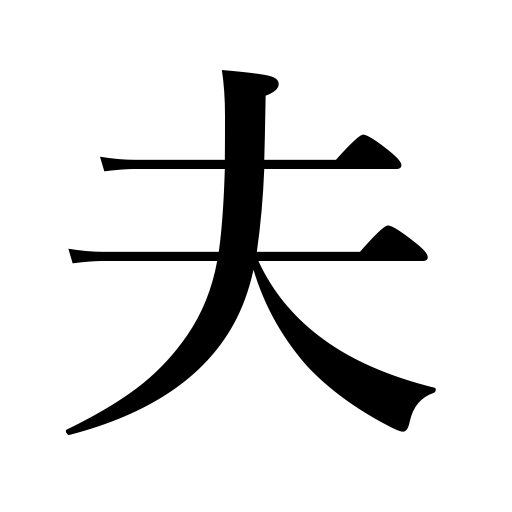
Meanings: man,husband,spouse